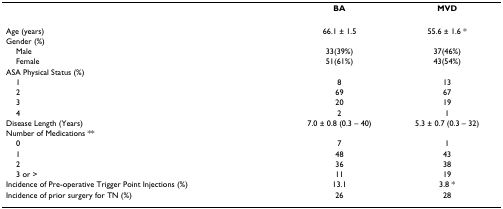
|  | BA | MVD |
 | --- | --- | --- |
 | Age (years) | 66.1 ± 1.5 | 55.6 ± 1.6 * |
 | Gender (%) |  |  |
 | Male | 33(39%) | 37(46%) |
 | Female | 51(61%) | 43(54%) |
 | ASA Physical Status (%) |  |  |
 | 1 | 8 | 13 |
 | 2 | 69 | 67 |
 | 3 | 20 | 19 |
 | 4 | 2 | 1 |
 | Disease Length (Years) | 7.0 ± 0.8 (0.3 – 40) | 5.3 ± 0.7 (0.3 – 32) |
 | Number of Medications ** |  |  |
 | 0 | 7 | 1 |
 | 1 | 48 | 43 |
 | 2 | 36 | 38 |
 | 3 or > | 11 | 19 |
 | Incidence of Pre-operative Trigger Point Injections (%) | 13.1 | 3.8 * |
 | Incidence of prior surgery for TN (%) | 26 | 28 |